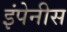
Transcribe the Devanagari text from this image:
इंपेनीस